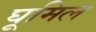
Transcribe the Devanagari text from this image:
घूमिल